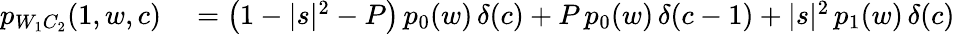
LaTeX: \begin{array}{rl}{p_{W_{1}C_{2}}(1,w,c)}&{{}=\bigl(1-|s|^{2}-P\bigr)\, p_{0}(w)\, \delta(c)+P\, p_{0}(w)\, \delta(c-1)+|s|^{2}\, p_{1}(w)\, \delta(c)}\end{array}